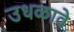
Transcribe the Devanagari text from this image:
उधळावे